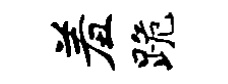
羞跪